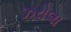
ઝરોલા